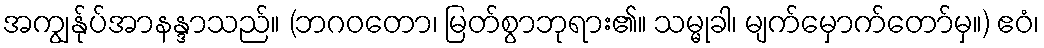
အကျွန်ုပ်အာနန္ဒာသည်။ (ဘဂဝတော၊ မြတ်စွာဘုရား၏။ သမ္မုခါ၊ မျက်မှောက်တော်မှ။) ဧဝံ၊